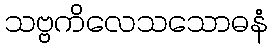
သဗ္ဗကိလေသသောဓနံ